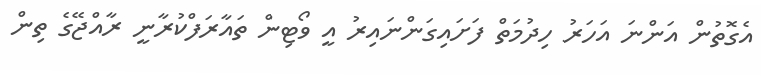
އެގޮތުން އަންނަ އަހަރު ހިދުމަތް ފަށައިގަންނައިރު އީ ވޯޓިން ތައާރަފްކުރާނީ ރާއްޖޭގެ ތިން